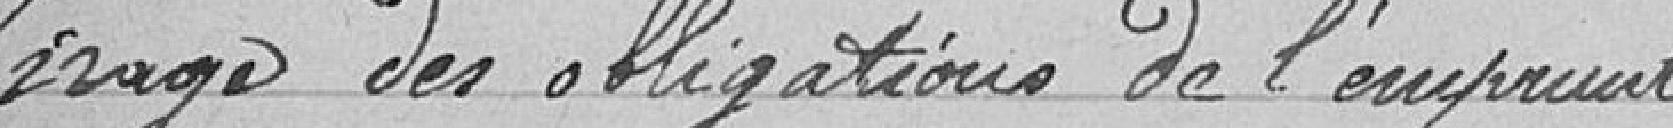
Tirage des obligations de l'emprunt